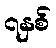
၇နှစ်